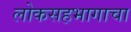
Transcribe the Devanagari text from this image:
लोकसहभागाचा